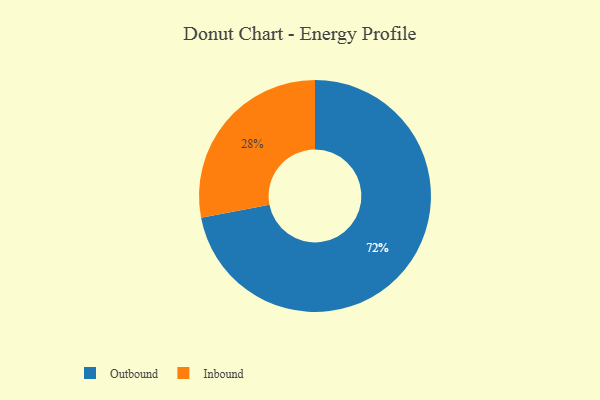
{"axis": {"x": "Category", "y": "Percentage"}, "legend": ["Inbound", "Outbound"], "data": [{"x": "Inbound", "y": 28, "type": "Inbound"}, {"x": "Outbound", "y": 72, "type": "Outbound"}]}